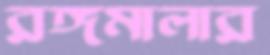
রঙ্গমালার